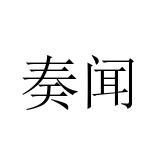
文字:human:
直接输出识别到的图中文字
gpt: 奏闻